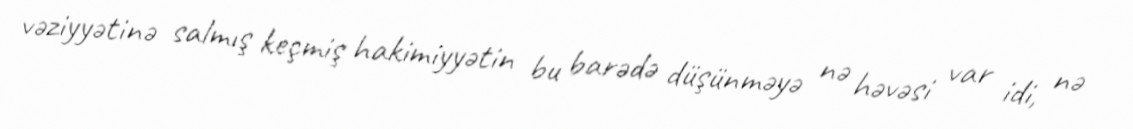
vəziyyətinə salmış keçmiş hakimiyyətin bu barədə düşünməyə nə həvəsi var idi, nə